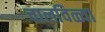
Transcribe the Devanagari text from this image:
चालविळ्या